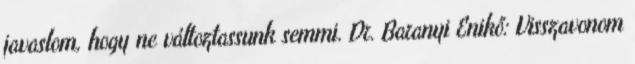
javaslom, hogy ne változtassunk semmi. Dr. Baranyi Enikő: Visszavonom